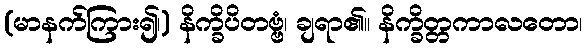
(မာနက်ကြား၍၊) နိက္ခိပိတဗ္ဗံ၊ ချရာ၏။ နိက္ခိတ္တကာလတော၊